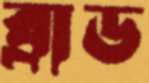
ব্রাড